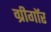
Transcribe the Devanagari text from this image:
ग्रीगॉर